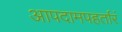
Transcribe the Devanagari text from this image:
आपदामपहर्तारं